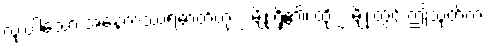
လုံးပါသော အနေကဿရဓာတ်ဟု ၂ မျိုးရှိ၏၊ ထို ၂ မျိုးတွင် ဤသုတ်က